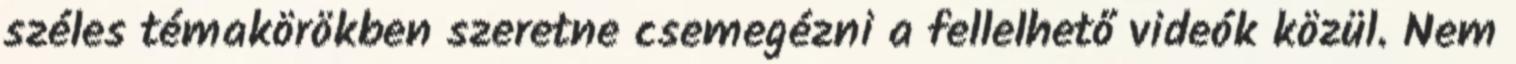
széles témakörökben szeretne csemegézni a fellelhető videók közül. Nem